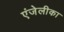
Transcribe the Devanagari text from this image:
एंजेलीका